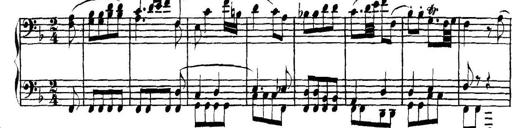
Title: Collected Piano Sonatas
Composer: Muzio Clementi